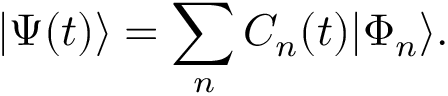
| \Psi ( t ) \rangle = \sum _ { n } C _ { n } ( t ) | \Phi _ { n } \rangle .